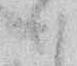
々